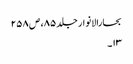
بحارالانوار جلد ۸۵، ص ۲۵۸
۱۳۔